Lunatic asylums Central Provinces reports 1910-1926 - 1910-1926
Year: 1910
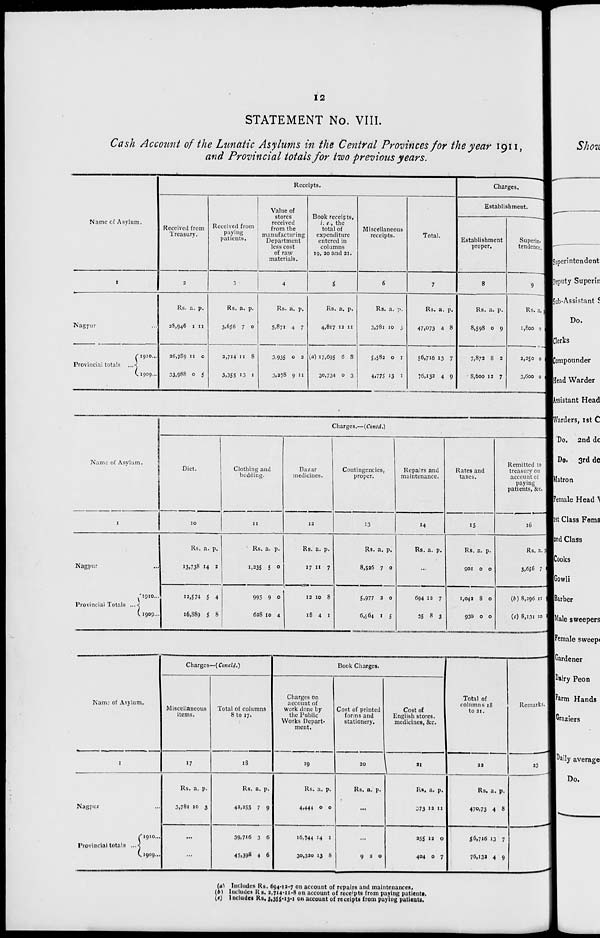
12
STATEMENT No. VIII.
Cash Account of the Lunatic Asylums in the Central Provinces for the year 1911,
and Provincial totals for two previous years.
Name of Asylum.
1
Nagpur ...
Provincial totals
...
1910 ...
1909 ...
Receipts.
Received from
Treasury.
2
Rs.
28,946
26,789
33,988
a.
1
11
0
p.
11
0
5
Received from
paying
patients.
3
Rs.
3,656
2,714
3,355
a.
7
11
13
p.
0
8
1
Value of
stores
received
from the
manufacturing
Department
less cost
of raw
materials.
4
Rs.
5,871
3,935
3,278
a.
4
0
9
p.
7
2
11
Book receipts,
i. e., the
total of
expenditure
entered in
columns
19, 20 and 21.
5
Rs.
4,817
(a) 17,695
30,734
a.
12
6
0
p.
11
8
3
Miscellaneous
receipts.
6
Rs.
3,781
5,582
4,775
a.
10
0
13
p.
3
1
1
Total.
7
Rs.
47,073
56,716
76,132
a.
4
13
4
p.
8
7
9
Charges.
Establishment.
Establishment
proper.
8
Rs.
8,598
7,872
8,600
a.
0
8
12
p.
9
2
7
Superin
tendence.
9
Rs.
1,800
2,250
3,600
a.
0
0
0
p.
2
0
0
Name of Asylum.
1
Nagpur ...
Provincial Totals ...
1910 ...
1909 ...
Charges.—(Contd.)
Diet.
10
Rs.
13,738
12,574
16,889
a.
14
5
5
p.
2
4
8
Clothing and
bedding.
11
Rs.
1,235
995
628
a.
5
9
10
p.
0
0
4
Bazar
medicines.
12
Rs.
17
12
18
a.
11
10
4
p.
7
8
1
Contingencies,
proper.
13
Rs.
8,526
5,977
6,564
a.
7
2
1
p.
0
0
5
Repairs and
maintenance.
14
Rs. a. p.
...
694
35
12
8
7
3
Rates and
taxes.
15
Rs.
901
1,042
930
a.
0
8
0
p.
0
0
0
Remitted to
treasury on
account of
paying
patients, &c.
16
Rs.
3,656
(b) 8,296
(c) 8,131
a.
7
11
10
p.
0
6
1
Name of Asylum.
1
Nagpur ...
Provincial totals
...
1910 ...
1909...
Charges—( Concld.)
Miscellaneous
items.
17
Rs.
3,781
a.
10
p.
3
...
...
Total of columns
8 to 17.
18
Rs.
42,255
39,716
45,398
a.
7
3
4
p.
9
6
6
Book Charges.
Charges on
account of
work done by
the Public
Works Depart-
ment.
19
Rs.
4,444
16,744
30,320
a.
0
14
13
p.
0
1
8
Cost of printed
forms and
stationery.
20
Rs. a. p.
...
...
9 2 0
Cost of
English stores,
medicines, &c.
21
Rs.
373
255
404
a.
12
12
0
p.
11
0
7
Total of
columns 18
to 21.
22
Rs.
470,73
56,716
76,132
a.
4
13
4
p.
8
7
9
Remarks.
23
(a) Includes Rs. 694-12-7 on account of repairs and maintenances.
(b) Includes Rs. 2,714-11-8 on account of receipts from paying patients.
(c) Includes Rs. 3,355-13-1 on account of receipts from paying patients.